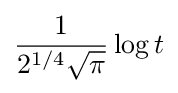
{\frac {1}{2^{1/4}{\sqrt {\pi }}}}\log t